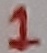
Text: 1